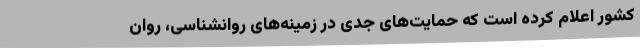
کشور اعلام کرده است که حمایت‌های جدی در زمینه‌های روانشناسی، روان